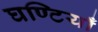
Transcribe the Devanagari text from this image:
घण्टियाँ